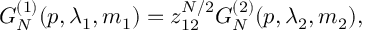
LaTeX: G _ { N } ^ { ( 1 ) } ( p , \lambda _ { 1 } , m _ { 1 } ) = z _ { 1 2 } ^ { N / 2 } G _ { N } ^ { ( 2 ) } ( p , \lambda _ { 2 } , m _ { 2 } ) ,